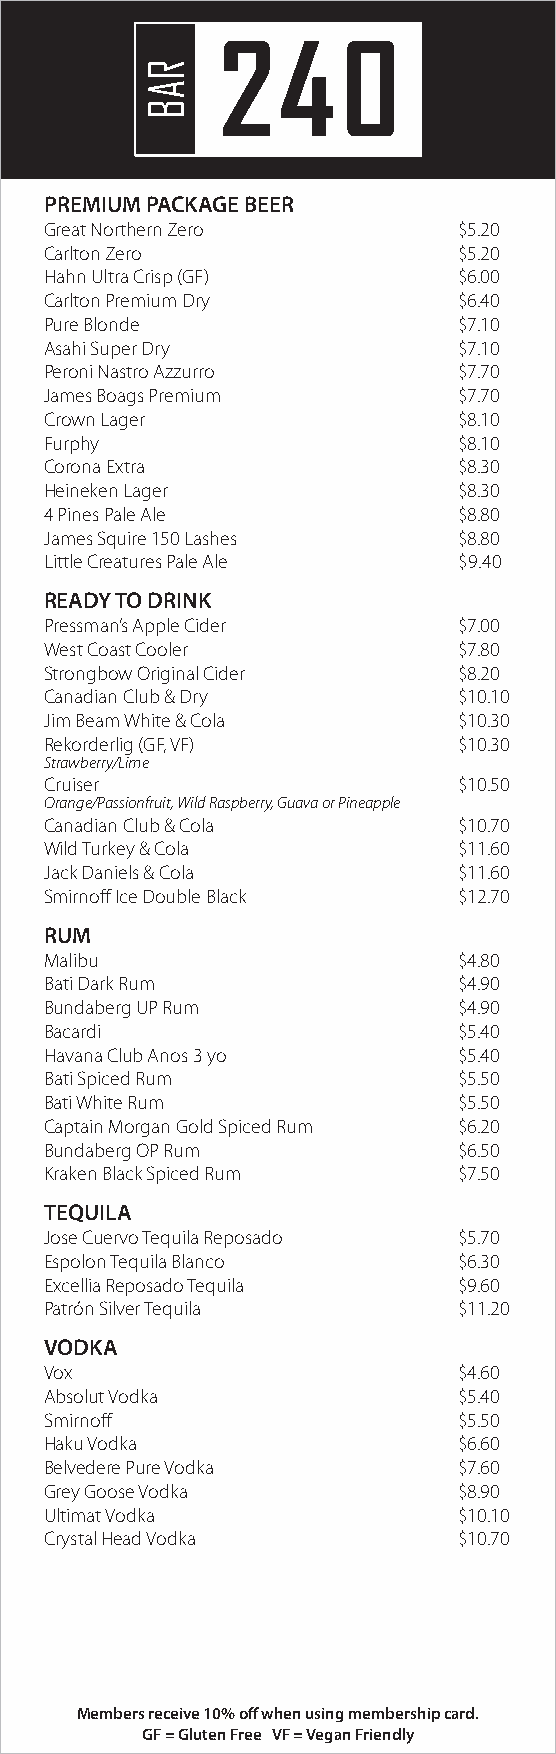
PREMIUM PACKAGE BEER
 Great Northern Zero        $5.20
 Carlton Zero               $5.20
 Hahn Ultra Crisp (GF)      $6.00
 Carlton Premium Dry        $6.40
 Pure Blonde                $7.10
 Asahi Super Dry            $7.10
 Peroni Nastro Azzurro      $7.70
 James Boags Premium        $7.70
 Crown Lager                $8.10
 Furphy                     $8.10
 Corona Extra               $8.30
 Heineken Lager             $8.30
 4 Pines Pale Ale           $8.80
 James Squire 150 Lashes    $8.80
 Little Creatures Pale Ale  $9.40
 READY TO DRINK
 Pressman’s Apple Cider     $7.00
 West Coast Cooler          $7.80
 Strongbow Original Cider   $8.20
 Canadian Club & Dry        $10.10
 Jim Beam White & Cola      $10.30
 Rekorderlig (GF, VF)       $10.30
 Strawberry/Lime
 Cruiser                    $10.50
 Orange/Passionfruit, Wild Raspberry, Guava or Pineapple
 Canadian Club & Cola       $10.70
 Wild Turkey & Cola         $11.60
 Jack Daniels & Cola        $11.60
 Smirnoff Ice Double Black  $12.70
 RUM
 Malibu                     $4.80
 Bati Dark Rum              $4.90
 Bundaberg UP Rum           $4.90
 Bacardi                    $5.40
 Havana Club Anos 3 yo      $5.40
 Bati Spiced Rum            $5.50
 Bati White Rum             $5.50
 Captain Morgan Gold Spiced Rum $6.20
 Bundaberg OP Rum           $6.50
 Kraken Black Spiced Rum    $7.50
 TEQUILA
 Jose Cuervo Tequila Reposado $5.70
 Espolon Tequila Blanco     $6.30
 Excellia Reposado Tequila  $9.60
 Patrón Silver Tequila      $11.20
 VODKA
 Vox                        $4.60
 Absolut Vodka              $5.40
 Smirnoff                   $5.50
 Haku Vodka                 $6.60
 Belvedere Pure Vodka       $7.60
 Grey Goose Vodka           $8.90
 Ultimat Vodka              $10.10
 Crystal Head Vodka         $10.70
 Members receive 10% off when using membership card.
 GF = Gluten Free VF = Vegan Friendly